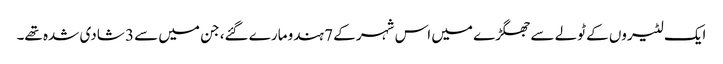
ایک لٹیروں کے ٹولے سے جھگڑے میں اس شہر کے 7 ہندو مارے گئے، جن میں سے 3 شادی شدہ تھے۔